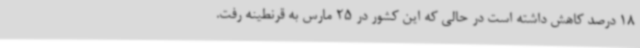
18 درصد کاهش داشته است در حالی که این کشور در 25 مارس به قرنطینه رفت.